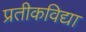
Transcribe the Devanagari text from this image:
प्रतीकविद्या